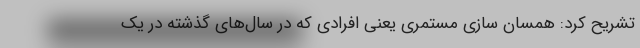
تشریح کرد: همسان سازی مستمری یعنی افرادی که در سال‌های گذشته در یک